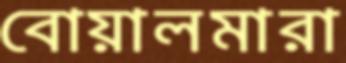
বোয়ালমারা